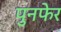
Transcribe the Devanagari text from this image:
पुनफेर